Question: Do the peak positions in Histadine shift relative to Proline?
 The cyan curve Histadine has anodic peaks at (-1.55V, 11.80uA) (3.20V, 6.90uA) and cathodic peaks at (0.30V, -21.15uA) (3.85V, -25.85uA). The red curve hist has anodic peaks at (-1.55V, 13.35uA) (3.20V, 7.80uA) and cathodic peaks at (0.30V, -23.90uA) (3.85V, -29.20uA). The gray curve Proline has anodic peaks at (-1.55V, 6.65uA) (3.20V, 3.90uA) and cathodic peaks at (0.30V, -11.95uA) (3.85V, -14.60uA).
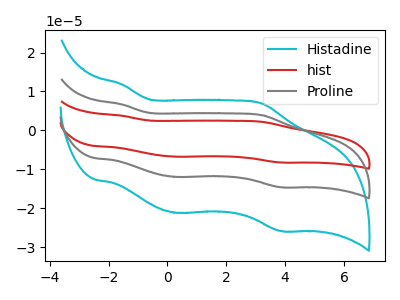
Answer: <think>All the peaks in "Histadine" have a peak in "Proline" at the same potential. Every peak in "Histadine" is higher than every peak in "Proline".
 </think>
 <answer>No, "Histadine" and "Proline" don't appear to be significantly different in shape</answer>
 <eval>no_change</eval>